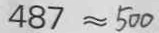
4 8 7 \approx 5 0 0